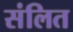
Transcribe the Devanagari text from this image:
संलित